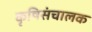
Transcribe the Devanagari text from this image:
कृषिसंचालक